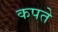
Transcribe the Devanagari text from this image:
कपते